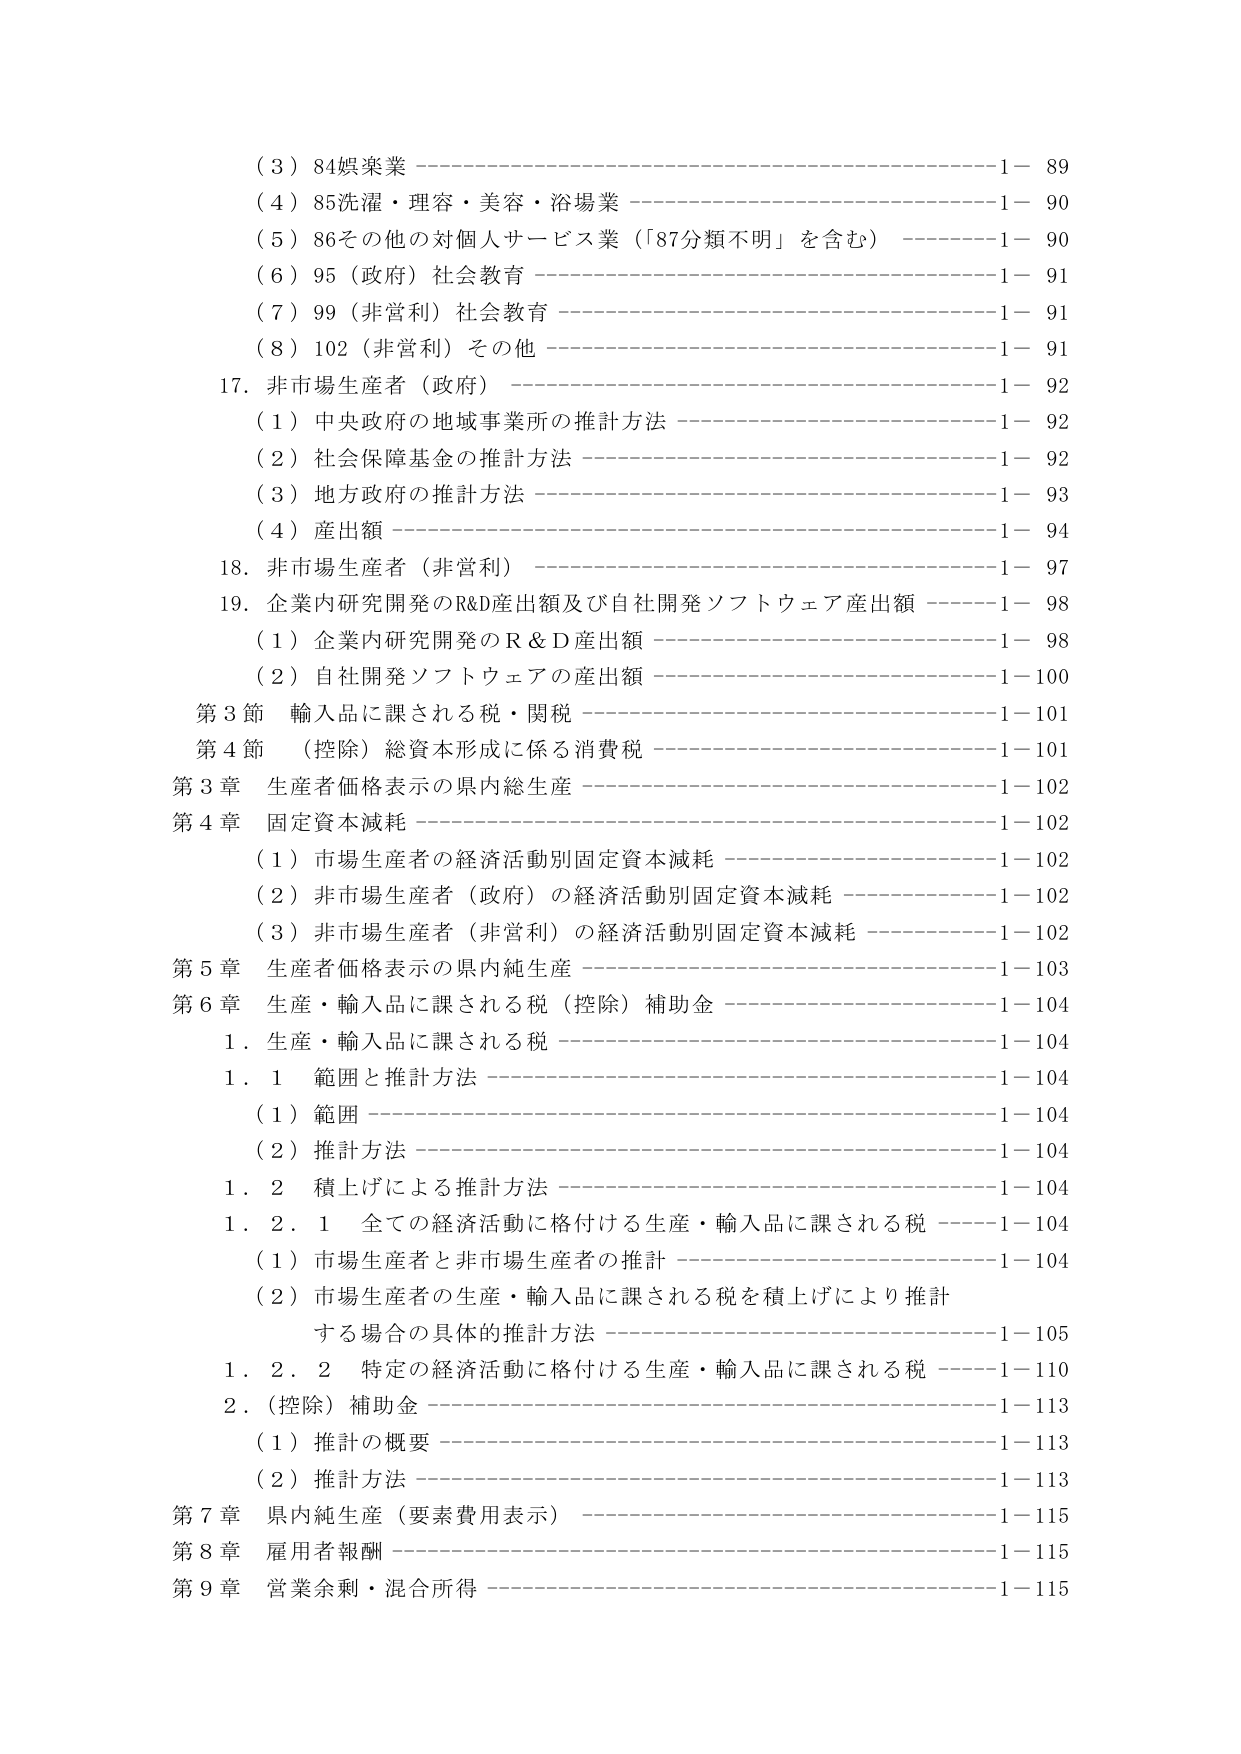
（３）84娯楽業 ———————————————————————— 1－ 89
（４）85洗濯・理容・美容・浴場業 —————————————————— 1－ 90
（５）86その他の対個人サービス業（「87分類不明」を含む） ———————— 1－ 90
（６）95（政府）社会教育 —————————————————————— 1－ 91
（７）99（非営利）社会教育 ————————————————————— 1－ 91
（８）102（非営利）その他 —————————————————————— 1－ 91
17．非市場生産者（政府） —————————————————————— 1－ 92
　　（１）中央政府の地域事業所の推計方法 ————————————————— 1－ 92
　　（２）社会保障基金の推計方法 ———————————————————— 1－ 92
　　（３）地方政府の推計方法 —————————————————————— 1－ 93
　　（４）産出額 ———————————————————————————— 1－ 94
18．非市場生産者（非営利） ————————————————————— 1－ 97
19．企業内研究開発のR&D産出額及び自社開発ソフトウェア産出額 ———— 1－ 98
　　（１）企業内研究開発のＲ＆Ｄ産出額 ————————————————— 1－ 98
　　（２）自社開発ソフトウェアの産出額 ————————————————— 1－100
第３節 輸入品に課される税・関税 —————————————————— 1－101
第４節 （控除）総資本形成に係る消費税 ———————————————— 1－101
第３章 生産者価格表示の県内総生産 ————————————————— 1－102
第４章 固定資本減耗 ———————————————————————— 1－102
　　（１）市場生産者の経済活動別固定資本減耗 —————————————— 1－102
　　（２）非市場生産者（政府）の経済活動別固定資本減耗 ———————— 1－102
　　（３）非市場生産者（非営利）の経済活動別固定資本減耗 ——————— 1－102
第５章 生産者価格表示の県内純生産 ————————————————— 1－103
第６章 生産・輸入品に課される税（控除）補助金 ——————————— 1－104
　　１．生産・輸入品に課される税 ——————————————————— 1－104
　　１．１ 範囲と推計方法 ——————————————————————— 1－104
　　　（１）範囲 ———————————————————————————— 1－104
　　　（２）推計方法 ————————————————————————— 1－104
　　１．２ 積上げによる推計方法 ——————————————————— 1－104
　　　１．２．１ 全ての経済活動に格付ける生産・輸入品に課される税 ——— 1－104
　　　　　（１）市場生産者と非市場生産者の推計 —————————————— 1－104
　　　　　（２）市場生産者の生産・輸入品に課される税を積上げにより推計
　　　　　　　する場合の具体的推計方法 ————————————————— 1－105
　　　１．２．２ 特定の経済活動に格付ける生産・輸入品に課される税 ——— 1－110
　　２．（控除）補助金 ———————————————————————— 1－113
　　　（１）推計の概要 ———————————————————————— 1－113
　　　（２）推計方法 ————————————————————————— 1－113
第７章 県内純生産（要素費用表示） ————————————————— 1－115
第８章 雇用者報酬 ———————————————————————— 1－115
第９章 営業余剰・混合所得 ————————————————————— 1－115